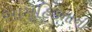
સામૂહિકતાની